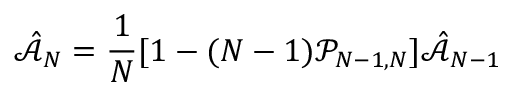
\hat { \mathcal { A } } _ { N } = \frac { 1 } { N } [ 1 - ( N - 1 ) \mathcal { P } _ { N - 1 , N } ] \hat { \mathcal { A } } _ { N - 1 }